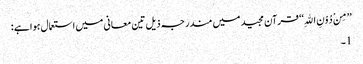
’’مِنْ دُوْنِ اللهِ‘‘ قرآن مجید میں مندرجہ ذیل تین معانی میں استعمال ہوا ہے :
1۔